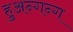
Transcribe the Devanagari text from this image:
हुअन्गन्ग